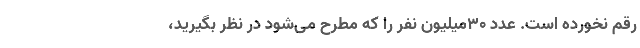
رقم نخورده است. عدد 30میلیون نفر را که مطرح می‌شود در نظر بگیرید،